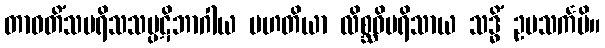
တာဝတိံသပရိသသပ္ပဋိဘာဂါယ မဟတိယာ လိစ္ဆဝိပရိသာယ သဒ္ဓိံ ဥပသင်္ကမိ။